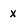
Character: x